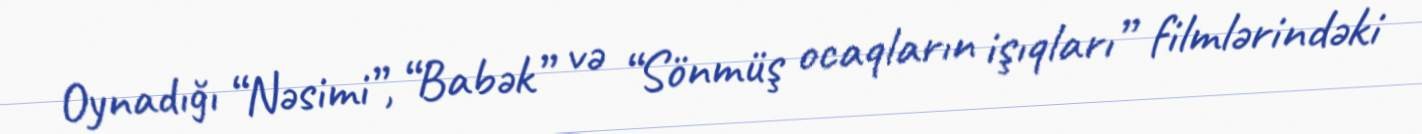
Oynadığı “Nəsimi”, “Babək” və “Sönmüş ocaqların işıqları” filmlərindəki